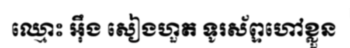
ឈ្មោះ អ៊ឹង សៀងហួត ទូរស័ព្ទហៅខ្លួន